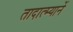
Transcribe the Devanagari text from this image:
तादात्म्यानें